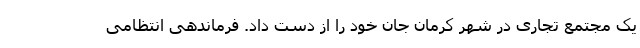
یک مجتمع تجاری در شهر کرمان جان خود را از دست داد. فرماندهی انتظامی